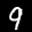
Label: 9